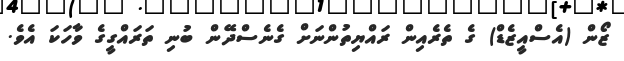
ޒޯން (އެސްއީޒެޑް) ގެ ތެރެއިން ރައްޔިތުންނަށް ގެނެސްދޭން ބުނި ތަރައްގީގެ ވާހަކަ އެވެ.